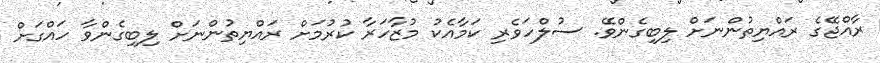
ރާއްޖޭގެ ރައްޔިތުންނަށް ލިބިގެންވޭ. ސުލްހަވެރި ކަމާއެކު މުޒާހަރާ ކުރުމަށް ރައްޔިތުންނަށް ލިބިގެންވާ ހައްގަށް